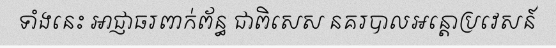
ទាំងនេះ អាជ្ញាធរពាក់ព័ន្ធ ជាពិសេស នគរបាលអន្តោប្រវេសន៍